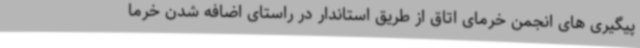
پیگیری های انجمن خرمای اتاق از طریق استاندار در راستای اضافه شدن خرما